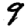
Digit: 9